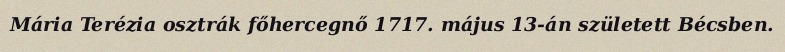
Mária Terézia osztrák főhercegnő 1717. május 13-án született Bécsben.